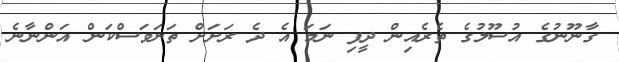
ގާނޫނުގެ އުސޫލުގެ ތެރެއިން ދީފި ނަމަ އެ ދެ ރަށަށް ތަނަވަސްކަން އަންނާނެ